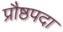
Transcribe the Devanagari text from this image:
प्रौष्ठपदा